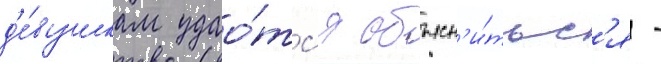
д'е́вушкам удао́тс'я объясн'и́тьс'я -